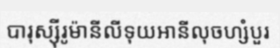
បារុស្ស៊ីរូម៉ានីលីទុយអានីលុចហ្សំបួរ